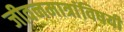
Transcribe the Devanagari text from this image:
जीवनमात्रांविषयी